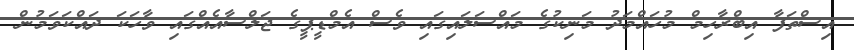
އިސްތަފާ އިބްރާހިމް މުހައްމަދު މަނިކުގެ މައްސަލައިގައި ވެސް އެމްޑީޕީގެ ޖަލްސާއެއްގައި ވާހަކަ ދައްކަވަމުން